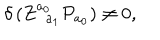
\delta \left( Z _ { \; \; a _ { 1 } } ^ { a _ { 0 } } { \cal P } _ { a _ { 0 } } \right) \neq 0 ,